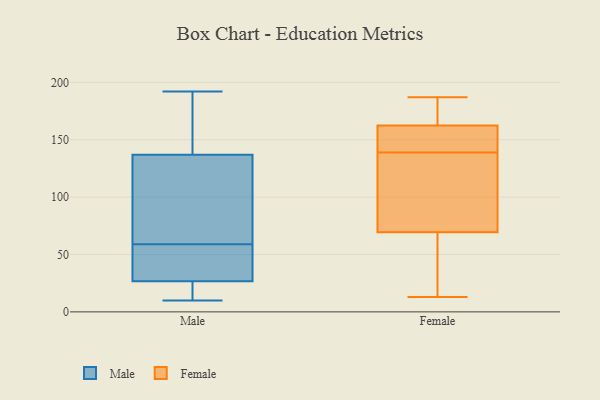
{"axis": {"x": "Tickets Resolved", "y": "Value"}, "legend": ["Female", "Male"], "data": [{"x": "", "y": 59, "type": "Male"}, {"x": "", "y": 145, "type": "Male"}, {"x": "", "y": 31, "type": "Male"}, {"x": "", "y": 136, "type": "Male"}, {"x": "", "y": 10, "type": "Male"}, {"x": "", "y": 10, "type": "Male"}, {"x": "", "y": 58, "type": "Male"}, {"x": "", "y": 20, "type": "Male"}, {"x": "", "y": 96, "type": "Male"}, {"x": "", "y": 28, "type": "Male"}, {"x": "", "y": 53, "type": "Male"}, {"x": "", "y": 192, "type": "Male"}, {"x": "", "y": 23, "type": "Male"}, {"x": "", "y": 149, "type": "Male"}, {"x": "", "y": 68, "type": "Male"}, {"x": "", "y": 115, "type": "Male"}, {"x": "", "y": 140, "type": "Male"}, {"x": "", "y": 183, "type": "Female"}, {"x": "", "y": 78, "type": "Female"}, {"x": "", "y": 133, "type": "Female"}, {"x": "", "y": 70, "type": "Female"}, {"x": "", "y": 69, "type": "Female"}, {"x": "", "y": 157, "type": "Female"}, {"x": "", "y": 156, "type": "Female"}, {"x": "", "y": 113, "type": "Female"}, {"x": "", "y": 165, "type": "Female"}, {"x": "", "y": 160, "type": "Female"}, {"x": "", "y": 13, "type": "Female"}, {"x": "", "y": 145, "type": "Female"}, {"x": "", "y": 161, "type": "Female"}, {"x": "", "y": 35, "type": "Female"}, {"x": "", "y": 52, "type": "Female"}, {"x": "", "y": 164, "type": "Female"}, {"x": "", "y": 167, "type": "Female"}, {"x": "", "y": 187, "type": "Female"}, {"x": "", "y": 40, "type": "Female"}, {"x": "", "y": 103, "type": "Female"}]}